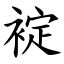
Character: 䘺